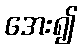
အေး၍